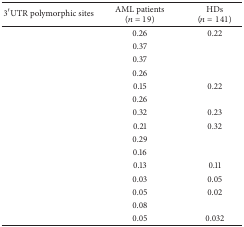
<table><thead><tr><td><b>3′UTR polymorphic sites</b></td><td><b>AML patients (n = 19)</b></td><td><b>HDs (n = 141)</b></td></tr></thead><tbody><tr><td>[EMPTY_CELL]</td><td>0.26</td><td>0.22</td></tr><tr><td>[EMPTY_CELL]</td><td>0.37</td><td>[EMPTY_CELL]</td></tr><tr><td>[EMPTY_CELL]</td><td>0.37</td><td>[EMPTY_CELL]</td></tr><tr><td>[EMPTY_CELL]</td><td>0.26</td><td>[EMPTY_CELL]</td></tr><tr><td>[EMPTY_CELL]</td><td>0.15</td><td>0.22</td></tr><tr><td>[EMPTY_CELL]</td><td>0.26</td><td>[EMPTY_CELL]</td></tr><tr><td>[EMPTY_CELL]</td><td>0.32</td><td>0.23</td></tr><tr><td>[EMPTY_CELL]</td><td>0.21</td><td>0.32</td></tr><tr><td>[EMPTY_CELL]</td><td>0.29</td><td>[EMPTY_CELL]</td></tr><tr><td>[EMPTY_CELL]</td><td>0.16</td><td>[EMPTY_CELL]</td></tr><tr><td>[EMPTY_CELL]</td><td>0.13</td><td>0.11</td></tr><tr><td>[EMPTY_CELL]</td><td>0.03</td><td>0.05</td></tr><tr><td>[EMPTY_CELL]</td><td>0.05</td><td>0.02</td></tr><tr><td>[EMPTY_CELL]</td><td>0.08</td><td>[EMPTY_CELL]</td></tr><tr><td>[EMPTY_CELL]</td><td>0.05</td><td>0.032</td></tr></tbody></table>